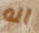
انه